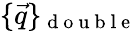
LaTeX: \{ \vec{q}\} _{\mathrm{~d~o~u~b~l~e~}}